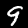
Digit: 9